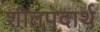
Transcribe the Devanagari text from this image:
शीतपदार्थ